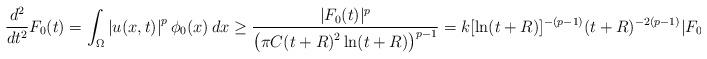
LaTeX: \begin{align*}\frac{d^2}{dt^2}F_0(t)=\int_{\Omega}\left|u(x,t)\right|^p\phi_0(x)\,dx\geq \frac{|F_0(t)|^p}{\displaystyle \left( \pi C(t+R)^2\ln(t+R)\right)^{p-1}}=k[\ln(t+R)]^{-(p-1)}(t+R)^{-2(p-1)}|F_0(t)|^p\end{align*}